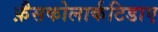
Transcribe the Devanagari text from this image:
फ़ैसकोलार्कटिडाए